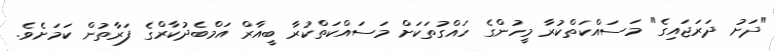
"ދަށު ދަރަޖައިގެ" މަސައްކަތްކުރާ މީހުންގެ ހައްގުތަކަށް މަސައްކަތްކުރާ ބީއާރް އަމްބެދުކާރްގެ ފަރާތުން ކަމަށެވެ.